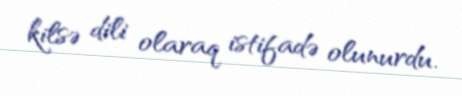
kilsə dili olaraq istifadə olunurdu.